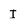
Character: I